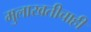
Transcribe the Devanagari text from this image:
मुलाखतीचाही